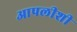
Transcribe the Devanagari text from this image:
आपलीशी